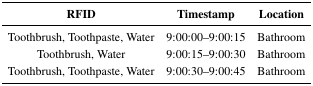
<table><thead><tr><td><b>RFID</b></td><td><b>Timestamp</b></td><td><b>Location</b></td></tr></thead><tbody><tr><td>Toothbrush, Toothpaste, Water</td><td>9:00:00–9:00:15</td><td>Bathroom</td></tr><tr><td>Toothbrush, Water</td><td>9:00:15–9:00:30</td><td>Bathroom</td></tr><tr><td>Toothbrush, Toothpaste, Water</td><td>9:00:30–9:00:45</td><td>Bathroom</td></tr></tbody></table>